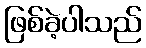
ဖြစ်ခဲ့ပါသည်